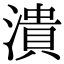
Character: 潰